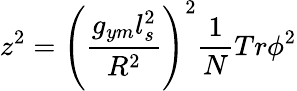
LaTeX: z^{2}=\left({\frac{g_{ym}l_{s}^{2}}{R^{2}}}\right)^{2}{\frac{1}{N}}Tr{\phi}^{2}